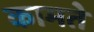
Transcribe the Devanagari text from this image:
कामते